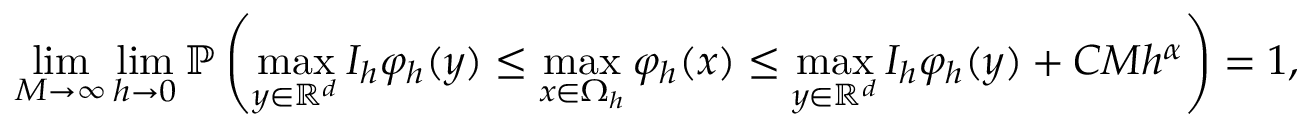
\operatorname* { l i m } _ { M \to \infty } \operatorname* { l i m } _ { h \to 0 } \mathbb { P } \left( \operatorname* { m a x } _ { y \in \mathbb { R } ^ { d } } I _ { h } \varphi _ { h } ( y ) \le \operatorname* { m a x } _ { x \in \Omega _ { h } } \varphi _ { h } ( x ) \le \operatorname* { m a x } _ { y \in \mathbb { R } ^ { d } } I _ { h } \varphi _ { h } ( y ) + C M h ^ { \alpha } \right) = 1 ,